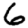
Digit: 6